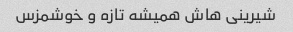
شیرینی هاش همیشه تازه و خوشمزس